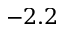
- 2 . 2